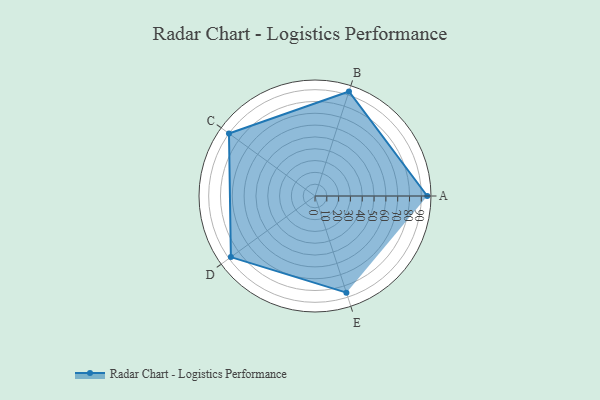
{"axis": {"x": "Skill", "y": "Score"}, "legend": ["Profile"], "data": [{"x": "A", "y": 95.0, "type": "Profile"}, {"x": "B", "y": 93.0, "type": "Profile"}, {"x": "C", "y": 90.0, "type": "Profile"}, {"x": "D", "y": 88.0, "type": "Profile"}, {"x": "E", "y": 86.0, "type": "Profile"}]}